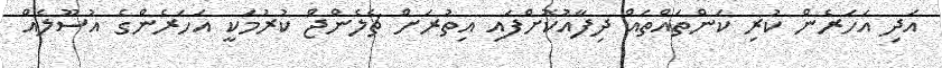
އަދި އަހަރެން ކުރި ކަންތައްތައް ދިފާއުކޮށްފައި އިތުރަށް ޗެލެންޖް ކުރުމަކީ އަހަރެންގެ އުސޫލެއް